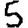
Digit: 5